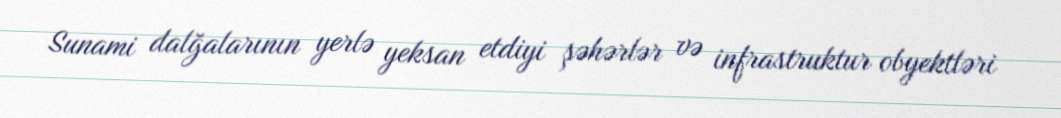
Sunami dalğalarının yerlə yeksan etdiyi şəhərlər və infrastruktur obyektləri